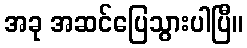
အခု အဆင်ပြေသွားပါပြီ။